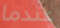
عندما